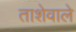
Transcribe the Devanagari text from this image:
ताशेवाले